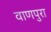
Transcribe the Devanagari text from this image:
वाणपुरा